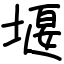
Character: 堰